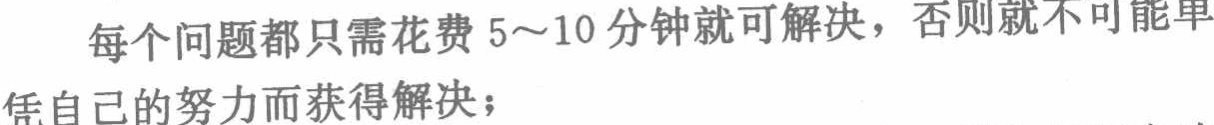
每个问题都只需花费 5～10 分钟就可解决，否则就不可能单凭自己的努力而获得解决；